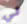
لي